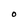
Character: O